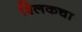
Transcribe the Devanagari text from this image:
श्लिकचा